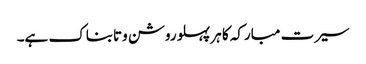
سیرت مبارکہ کا ہر پہلو روشن وتابناک ہے۔